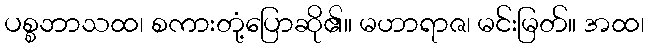
ပစ္စဘာသထ၊ စကားတုံ့ပြောဆို၏။ မဟာရာဇ၊ မင်းမြတ်။ အထ၊